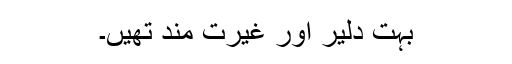
بہت دلیر اور غیرت مند تھیں۔